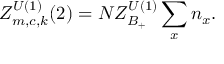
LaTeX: Z _ { m , c , k } ^ { U ( 1 ) } ( 2 ) = { \cal N } Z _ { B _ { + } } ^ { U ( 1 ) } \sum _ { x } n _ { x } .